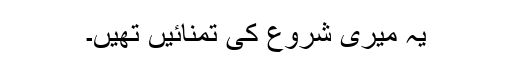
یہ میری شروع کی تمنائیں تھیں۔